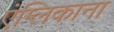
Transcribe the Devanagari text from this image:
एंग्लिकाना